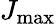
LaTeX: J_{\mathrm{max}}